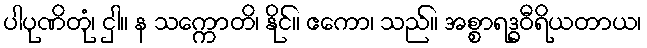
ပါပုဏိတုံ၊ ငှါ။ န သက္ကောတိ၊ နိုင်။ ဧကော၊ သည်။ အစ္စာရဒ္ဓဝီရိယတာယ၊